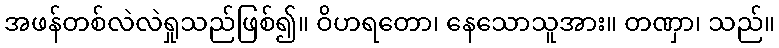
အဖန်တစ်လဲလဲရှုသည်ဖြစ်၍။ ဝိဟရတော၊ နေသောသူအား။ တဏှာ၊ သည်။